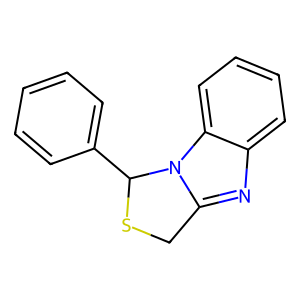
SMILES: c1ccc(C2SCc3nc4ccccc4n32)cc1
Inhibits HIV replication: No